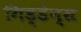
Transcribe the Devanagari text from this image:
गिड्डेन्स